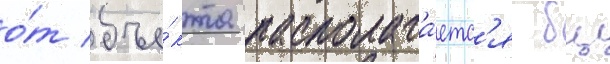
о́т объе́кта располага́етс'я бц